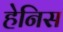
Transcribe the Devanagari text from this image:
हेनिस